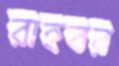
রাহবর